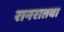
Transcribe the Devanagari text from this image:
रानरातवा